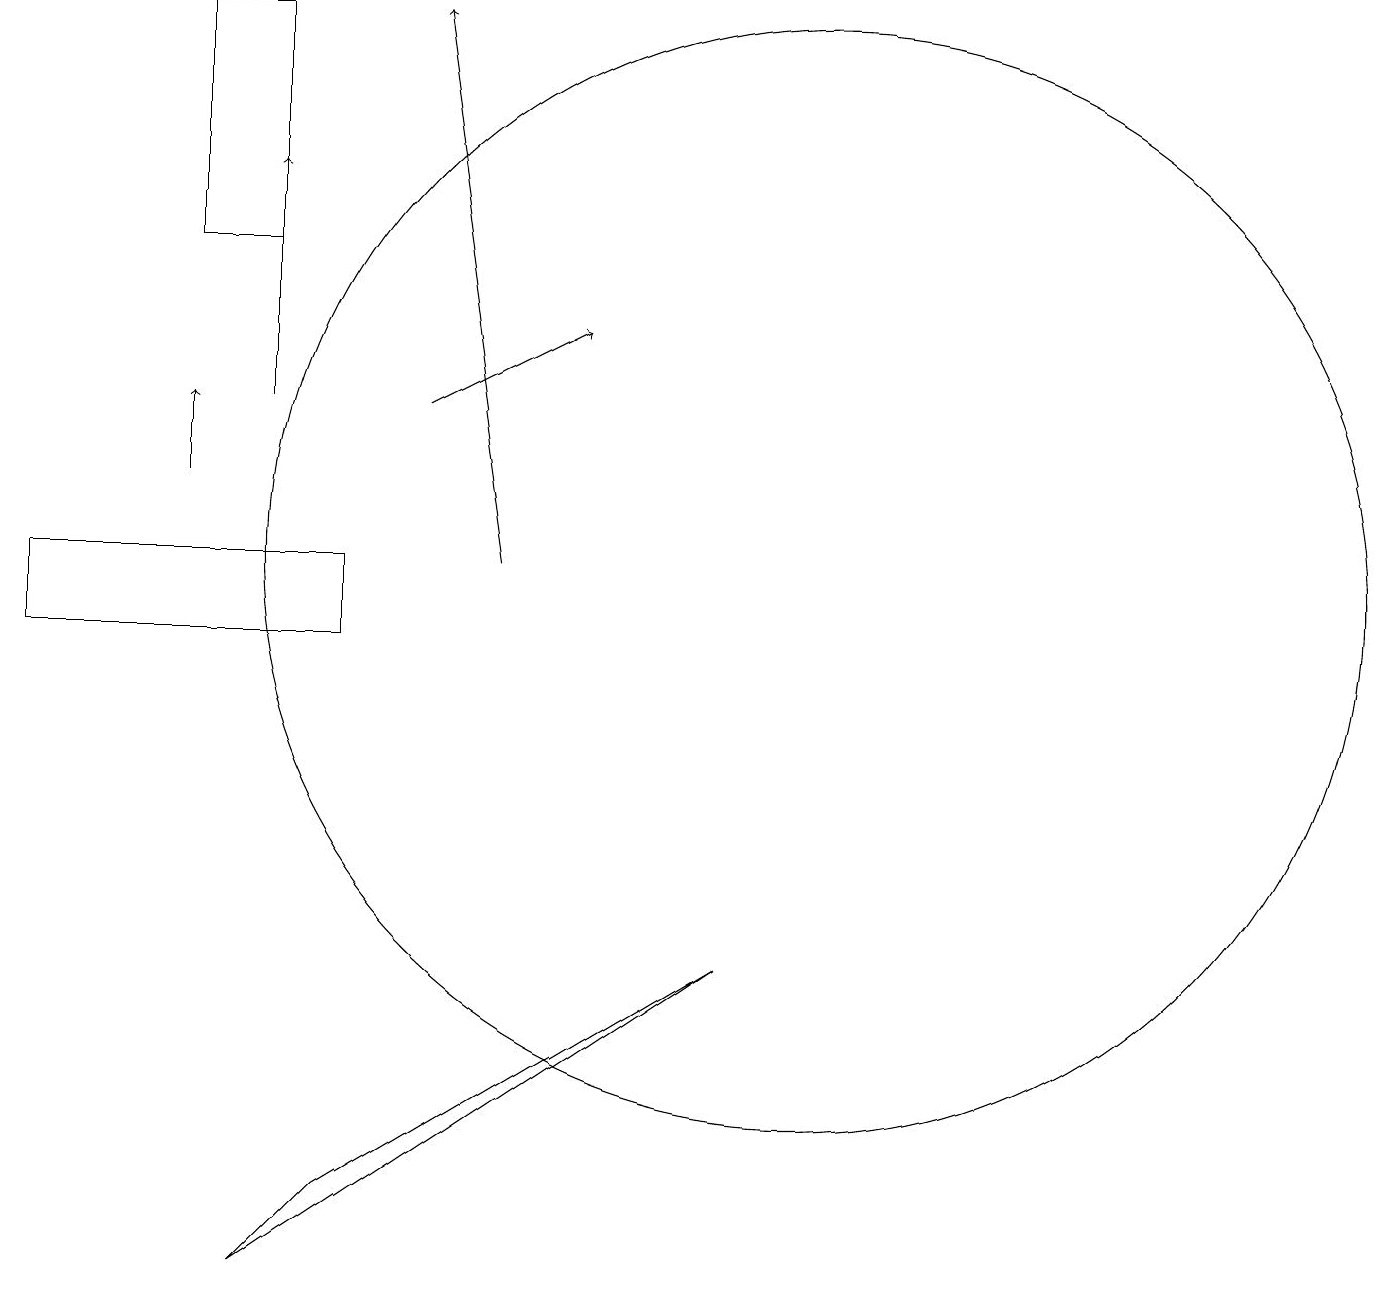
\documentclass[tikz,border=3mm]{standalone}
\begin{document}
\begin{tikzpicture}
\draw[->] (5,14) -- (7,15);
\draw[->] (2,13) -- (2,14);
\draw[->] (3,14) -- (3,17);
\draw (3,3) -- (9,7) -- (4,4) -- cycle;
\draw (3,19) rectangle (2,16);
\draw (4,11) rectangle (0,12);
\draw (10,12) circle (7);
\draw[->] (6,12) -- (5,19);
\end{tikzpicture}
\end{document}